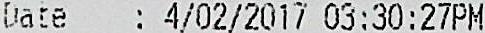
DATE: 4/02/2017 03:30:27PM